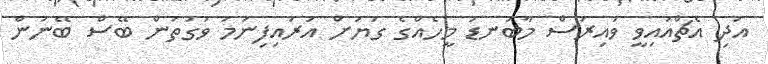
އަދި އެޗްއައިވީ ވައިރަސް މާބަނޑު މީހެއްގެ ގަޔަށް އަރައިފިނަމަ ވަގުތުން ބޭސް ބޭނުން